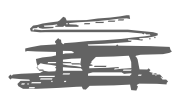
Text: in
Cross-out: scratch
Writing tool: digital_gray